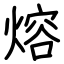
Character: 熔